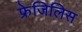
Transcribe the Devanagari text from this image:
फ्रेजिलिस